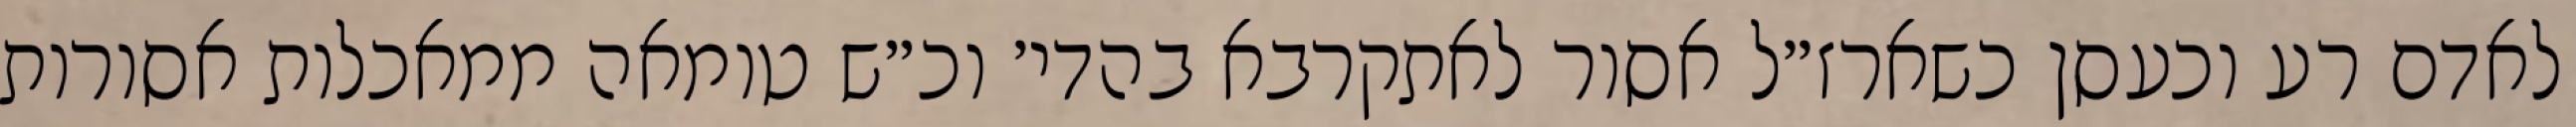
לאדם רע וכעסן כשארז״ל אסור לאתקרבא בהדי׳ וכ״ש טומאה ממאכלות אסורות